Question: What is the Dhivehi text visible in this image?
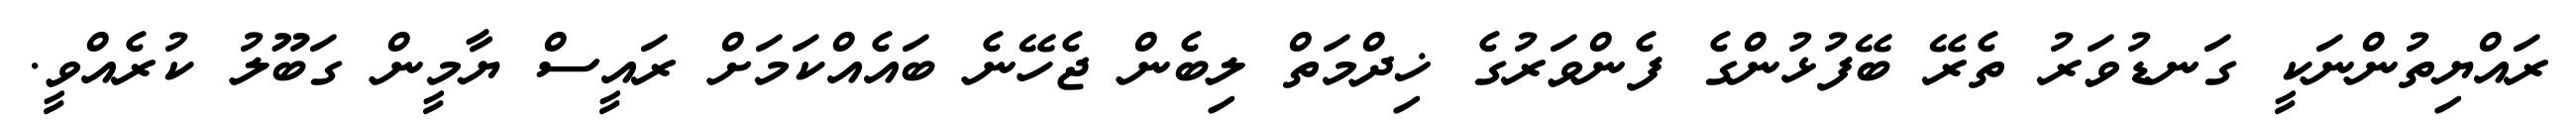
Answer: ރައްޔިތުންނަކީ ގަނޑުވަރު ތެރޭ ބޭފުޅުންގެ ފެންވަރުގެ ޚިދްމަތް ލިބެން ޖެހޭނެ ބައެއްކަމަށް ރައީސް ޔާމީން ގަބޫލު ކުރެއްވީ.